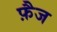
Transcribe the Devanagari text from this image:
फ़ैज